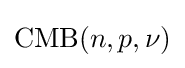
\operatorname {CMB} (n,p,\nu )